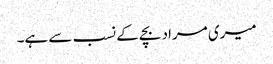
میری مراد بچے کے نسب سے ہے۔